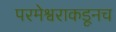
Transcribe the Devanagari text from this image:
परमेश्वराकडूनच